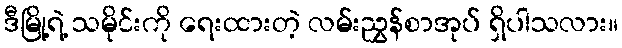
ဒီမြို့ရဲ့ သမိုင်းကို ရေးထားတဲ့ လမ်းညွှန်စာအုပ် ရှိပါသလား။